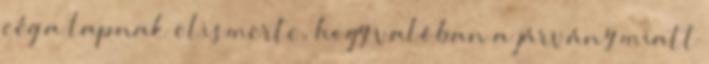
cég a lapnak elismerte, hogy valóban a járvány miatt